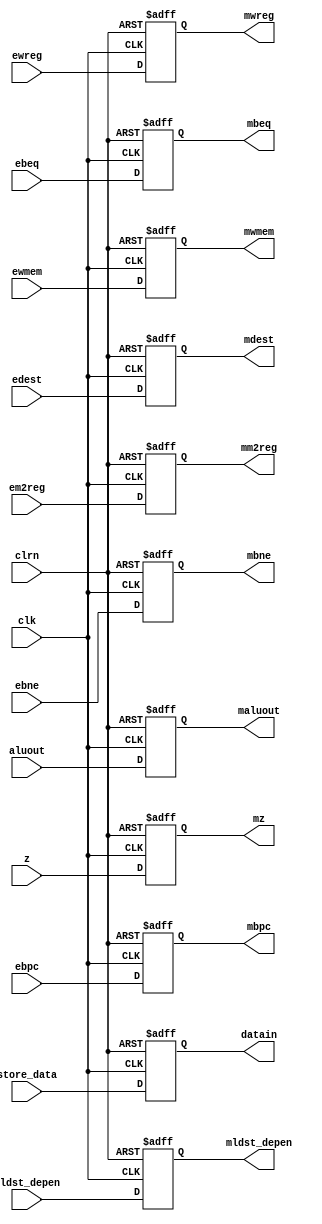
`timescale 1ns / 1ps
//////////////////////////////////////////////////////////////////////////////////
// Company: 
// Engineer: 
// 
// Design Name: 
// Module Name:    EXE_MEM_PipeReg 
// Project Name: 
// Target Devices: 
// Tool versions: 
// Description: 
//
// Dependencies: 
//
// Revision: 
// Revision 0.01 - File Created
// Additional Comments: 
//
//////////////////////////////////////////////////////////////////////////////////
module EXE_MEM_PipeReg(
	 input clk,
	 input clrn,
    input ewreg,
    input em2reg,
    input ewmem,
	 input z,
    input[31:0] aluout,
    input[4:0] edest,
    input[31:0] store_data,
	 input eldst_depen,
	 input[31:0] ebpc,
	 input ebeq,
	 input ebne,
    output reg mwreg,
    output reg mm2reg,
    output reg mwmem,
	 output reg mz,
    output reg[31:0] maluout,
    output reg[4:0] mdest,
    output reg[31:0] datain,
	 output reg mldst_depen,
	 output reg [31:0] mbpc,
	 output reg mbeq,
	 output reg mbne
    );
	always@(negedge clrn or posedge clk)
		if(clrn == 0)
			begin
				mwreg <= 0;
				mm2reg <=0;
				mwmem <= 0;
				mz <= 0;
				maluout <= 0;
				mdest <= 0;
				datain <= 0;
				mldst_depen <= 0;
				mbpc <= 0;
				mbeq <= 0;
				mbne <= 0;
			end
		else
			begin
				mwreg <= ewreg;
				mm2reg <= em2reg;
				mwmem <= ewmem;
				mz <= z;
				maluout <= aluout;
				mdest <= edest;
				datain <= store_data;
				mldst_depen <= eldst_depen;
				mbpc <= ebpc;
				mbeq <= ebeq;
				mbne <= ebne;
			end

endmodule